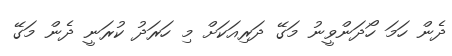
ދެން ހަމަ ހޯދަންވީނު މަގޭ ދަރިއަކަށް މި ހަރަދު ކުރަނީ ދެން މަގޭ